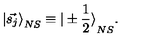
{ \vert \vec { s _ { j } } \rangle } _ { N S } \equiv { \vert \pm \frac { 1 } { 2 } \rangle } _ { N S } .